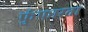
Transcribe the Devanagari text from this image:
फुंफारता